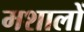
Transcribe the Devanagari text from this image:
मशालों